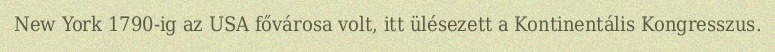
New York 1790-ig az USA fővárosa volt, itt ülésezett a Kontinentális Kongresszus.